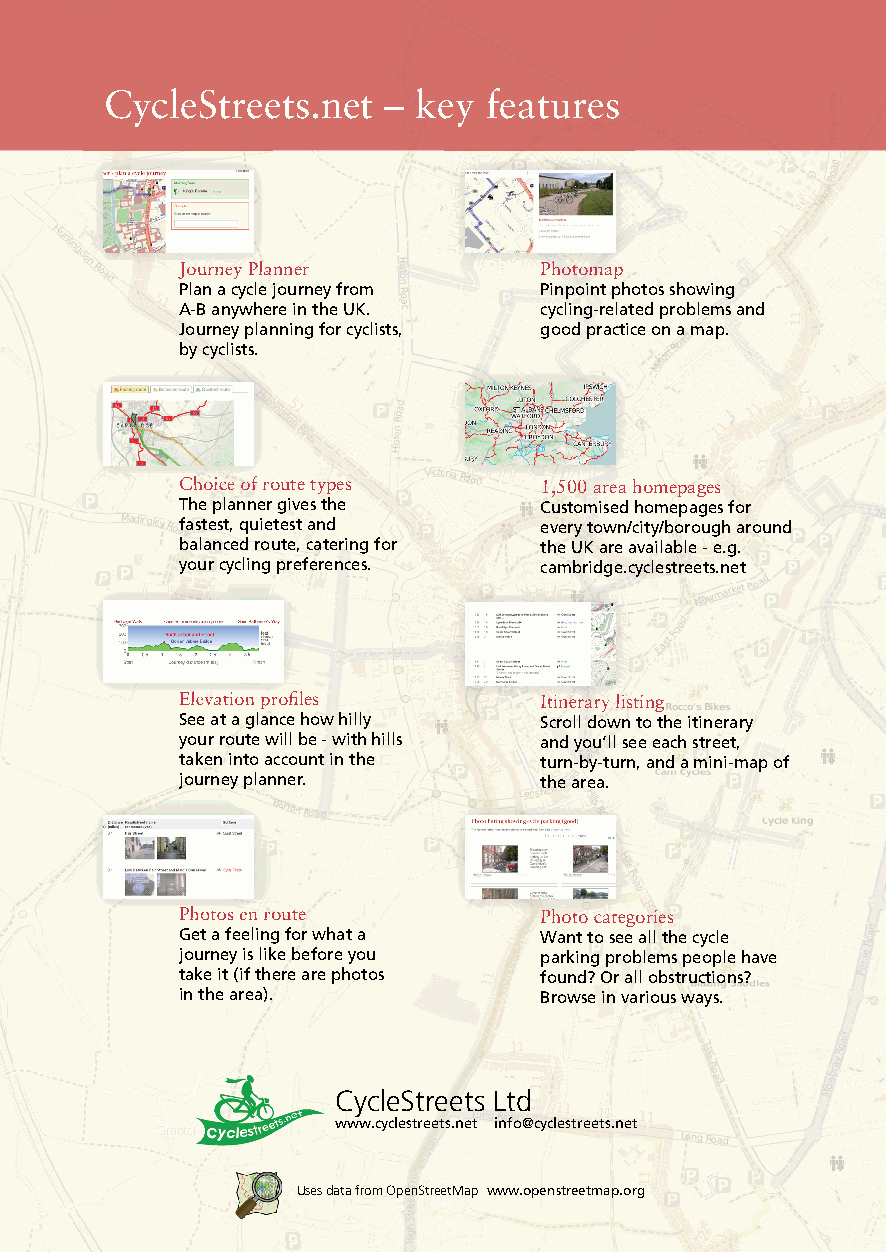
CycleStreets.net   – key features
 JJoouurrnneeyy PPllaannnneerr PPhhoottoommaapp
 Plan a cycle journey from Pinpoint photos showing
 A-B anywhere in the UK. cycling-related problems and
 Journey planning for cyclists, good practice on a map.
 by cyclists.
 CChhooiiccee ooff rroouuttee ttyyppeess 11,,550000 aarreeaa hhoommeeppaaggeess
 The planner gives the   Customised homepages for
 fastest, quietest and   every town/city/borough around
 balanced route, catering for the UK are available - e.g.
 your cycling preferences. cambridge.cyclestreets.net
 EElleevvaattiioonn pprroofifi lleess IIttiinneerraarryy lliissttiinngg
 See at a glance how hilly Scroll down to the itinerary
 your route will be - with hills and you’ll see each street,
 taken into account in the turn-by-turn, and a mini-map of
 journey planner.        the area.
 PPhhoottooss eenn rroouuttee PPhhoottoo ccaatteeggoorriieess
 Get a feeling for what a Want to see all the cycle
 journey is like before you parking problems people have
 take it (if there are photos found? Or all obstructions?
 in the area).           Browse in various ways.
 CycleStreets Ltd
 www.cyclestreets.net info@cyclestreets.net
 Uses data from OpenStreetMap www.openstreetmap.org